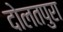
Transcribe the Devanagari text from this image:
दोलतपुरा